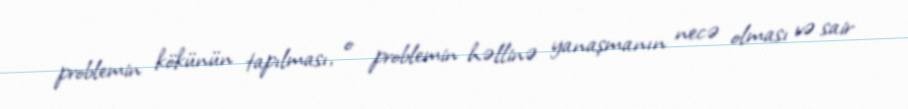
problemin kökünün tapılması, o problemin həllinə yanaşmanın necə olması və sair